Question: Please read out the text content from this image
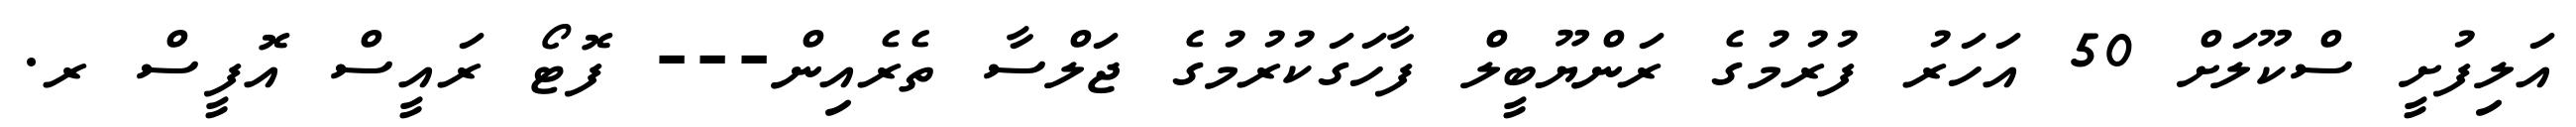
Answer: އަލިފުށީ ސްކޫލަށް 50 އަހަރު ފުރުމުގެ ރަންޔޫބީލް ފާހަގަކުރުމުގެ ޖަލްސާ ތެރެއިން--- ފޮޓޯ ރައީސް އޮފީސް ރ.